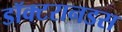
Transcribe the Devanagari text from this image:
डॉक्टरानडस